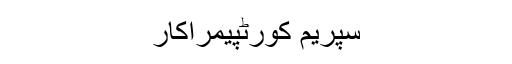
سپریم کورٹپیمراکار